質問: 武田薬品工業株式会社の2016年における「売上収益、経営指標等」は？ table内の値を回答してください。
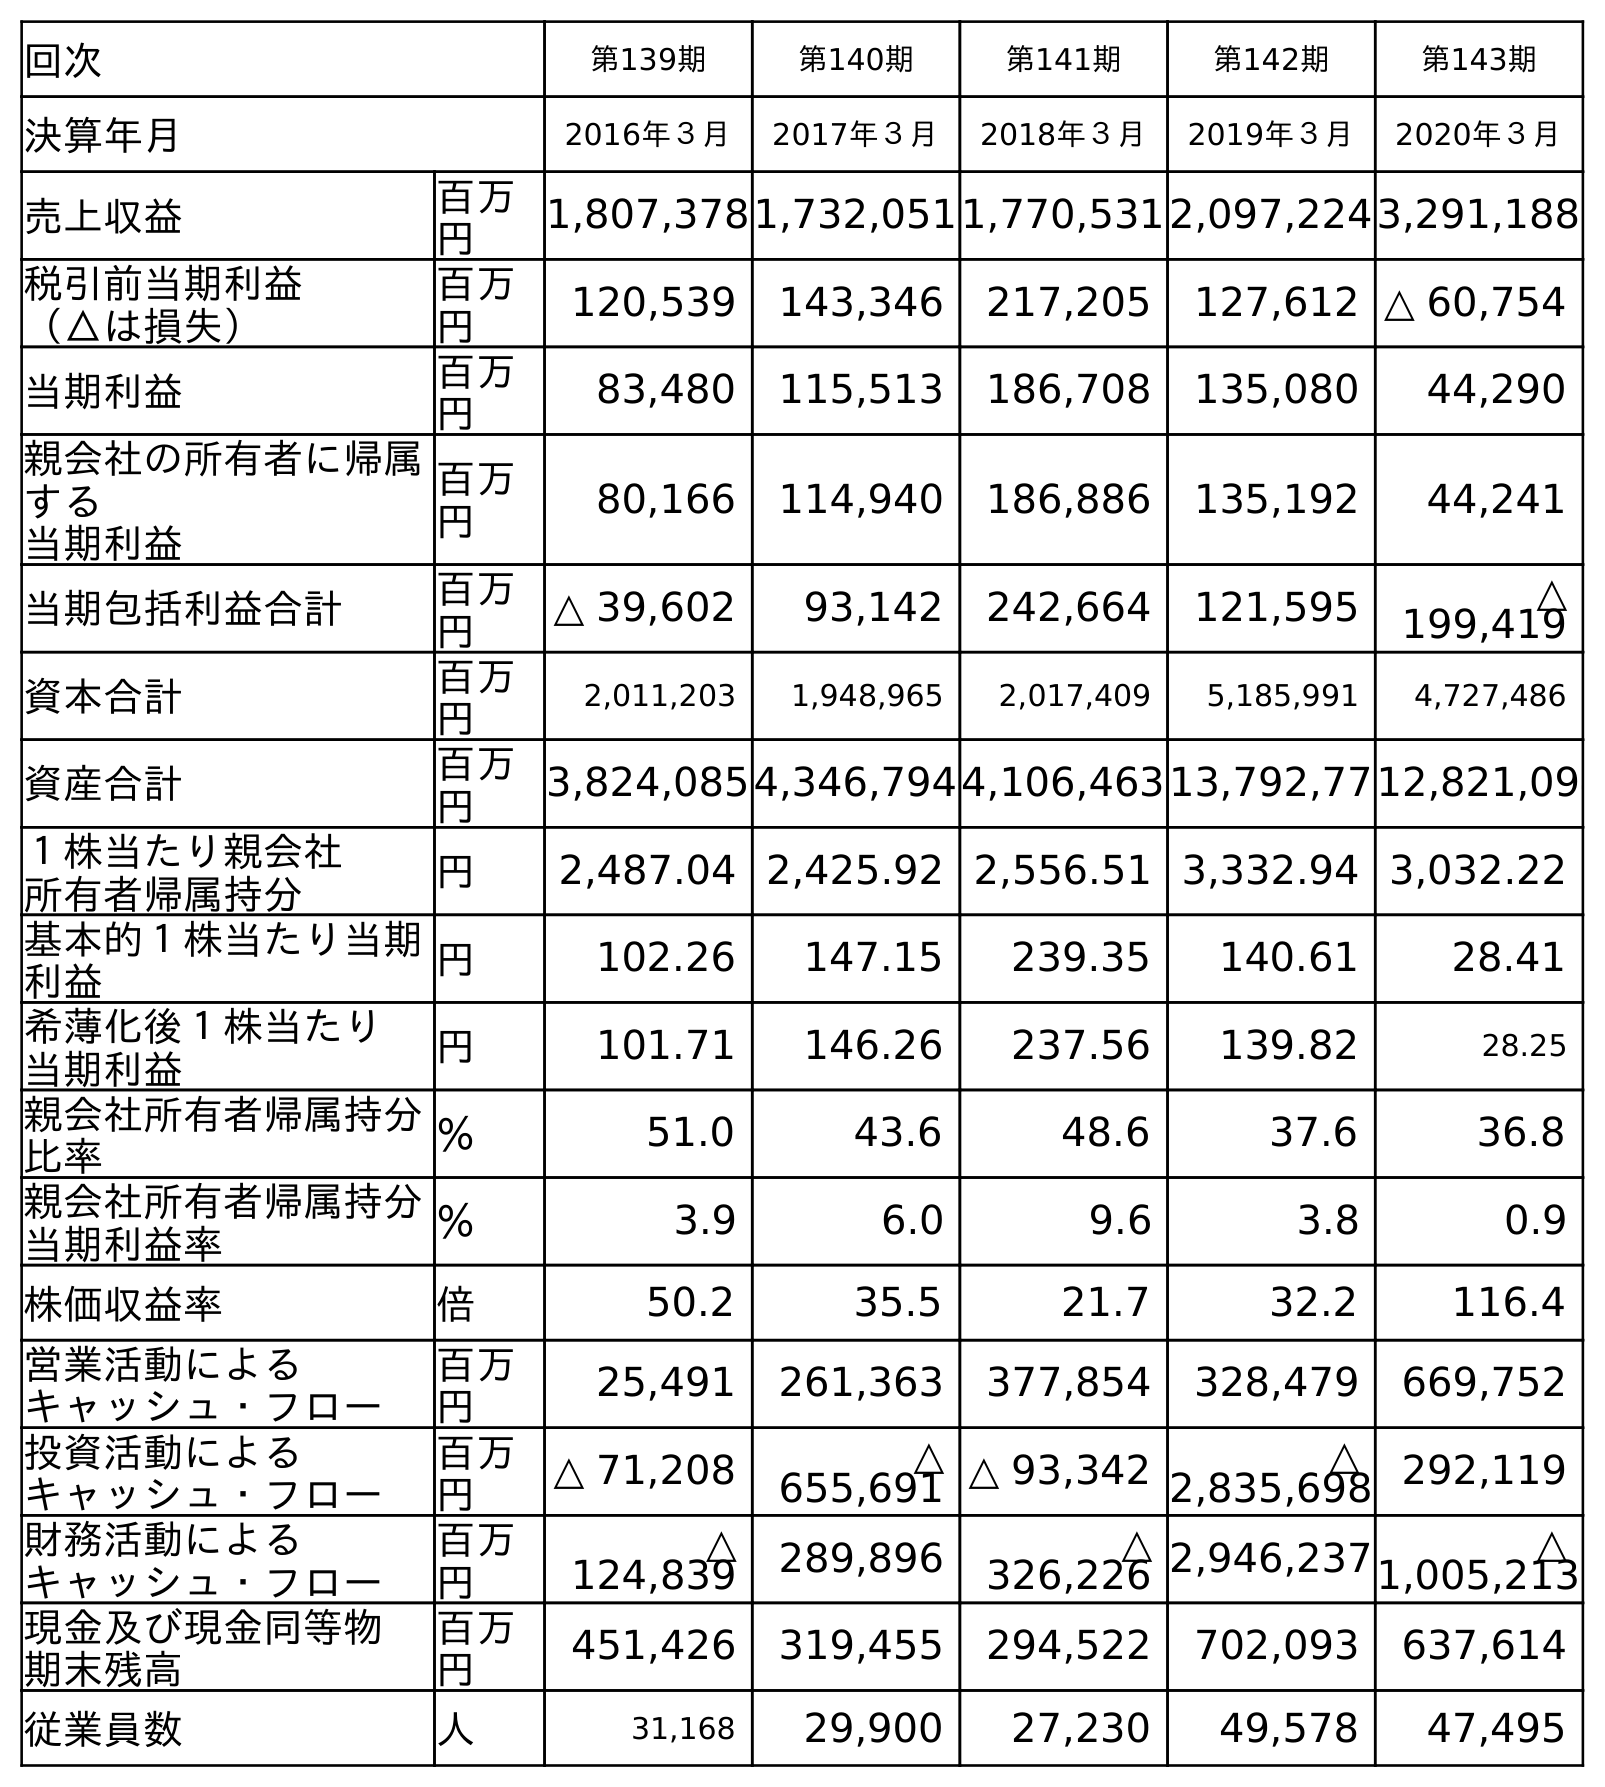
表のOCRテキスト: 回次 第139期 第140期 第141期 第142期 第143期 決算年月 2016年３月 2017年３月 2018年３月 2019年３月 2020年３月 売上収益 百万 円 1,807,3781,732,0511,770,5312,097,2243,291,188 税引前当期利益 （△は損失） 百万 円 120,539 143,346 217,205 127,612 △ 60,754 当期利益 百万 円 83,480 115,513 186,708 135,080 44,290 親会社の所有者に帰属 する 当期利益 百万 円 80,166 114,940 186,886 135,192 44,241 当期包括利益合計 百万 円 △ 39,602 93,142 242,664 121,595 △ 199,419 資本合計 百万 円 2,011,203 1,948,965 2,017,409 5,185,991 4,727,486 資産合計 百万 円 3,824,0854,346,7944,106,46313,792,7712,821,09 １株当たり親会社 所有者帰属持分 円 2,487.04 2,425.92 2,556.51 3,332.94 3,032.22 基本的１株当たり当期 利益 円 102.26 147.15 239.35 140.61 28.41 希薄化後１株当たり 当期利益 円 101.71 146.26 237.56 139.82 28.25 親会社所有者帰属持分 比率 ％ 51.0 43.6 48.6 37.6 36.8 親会社所有者帰属持分 当期利益率 ％ 3.9 6.0 9.6 3.8 0.9 株価収益率 倍 50.2 35.5 21.7 32.2 116.4 営業活動による キャッシュ・フロー 百万 円 25,491 261,363 377,854 328,479 669,752 投資活動による キャッシュ・フロー 百万 円 △ 71,208 △ 655,691 △ 93,342 △ 2,835,698 292,119 財務活動による キャッシュ・フロー 百万 円 △ 124,839 289,896 △ 326,226 2,946,237 △ 1,005,213 現金及び現金同等物 期末残高 百万 円 451,426 319,455 294,522 702,093 637,614 従業員数 人 31,168 29,900 27,230 49,578 47,495
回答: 1,807,378